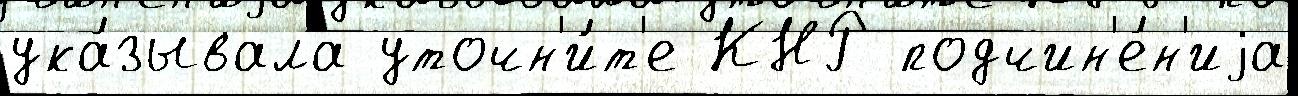
ука́зывала уточн'и́т'е КНР подчин'е́н'иjа